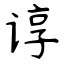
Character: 谆